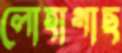
লোহাগাছ